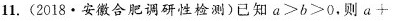
11.(2018.安徽合肥调研性检测)已知$$a > b > 0$$，则$$a +